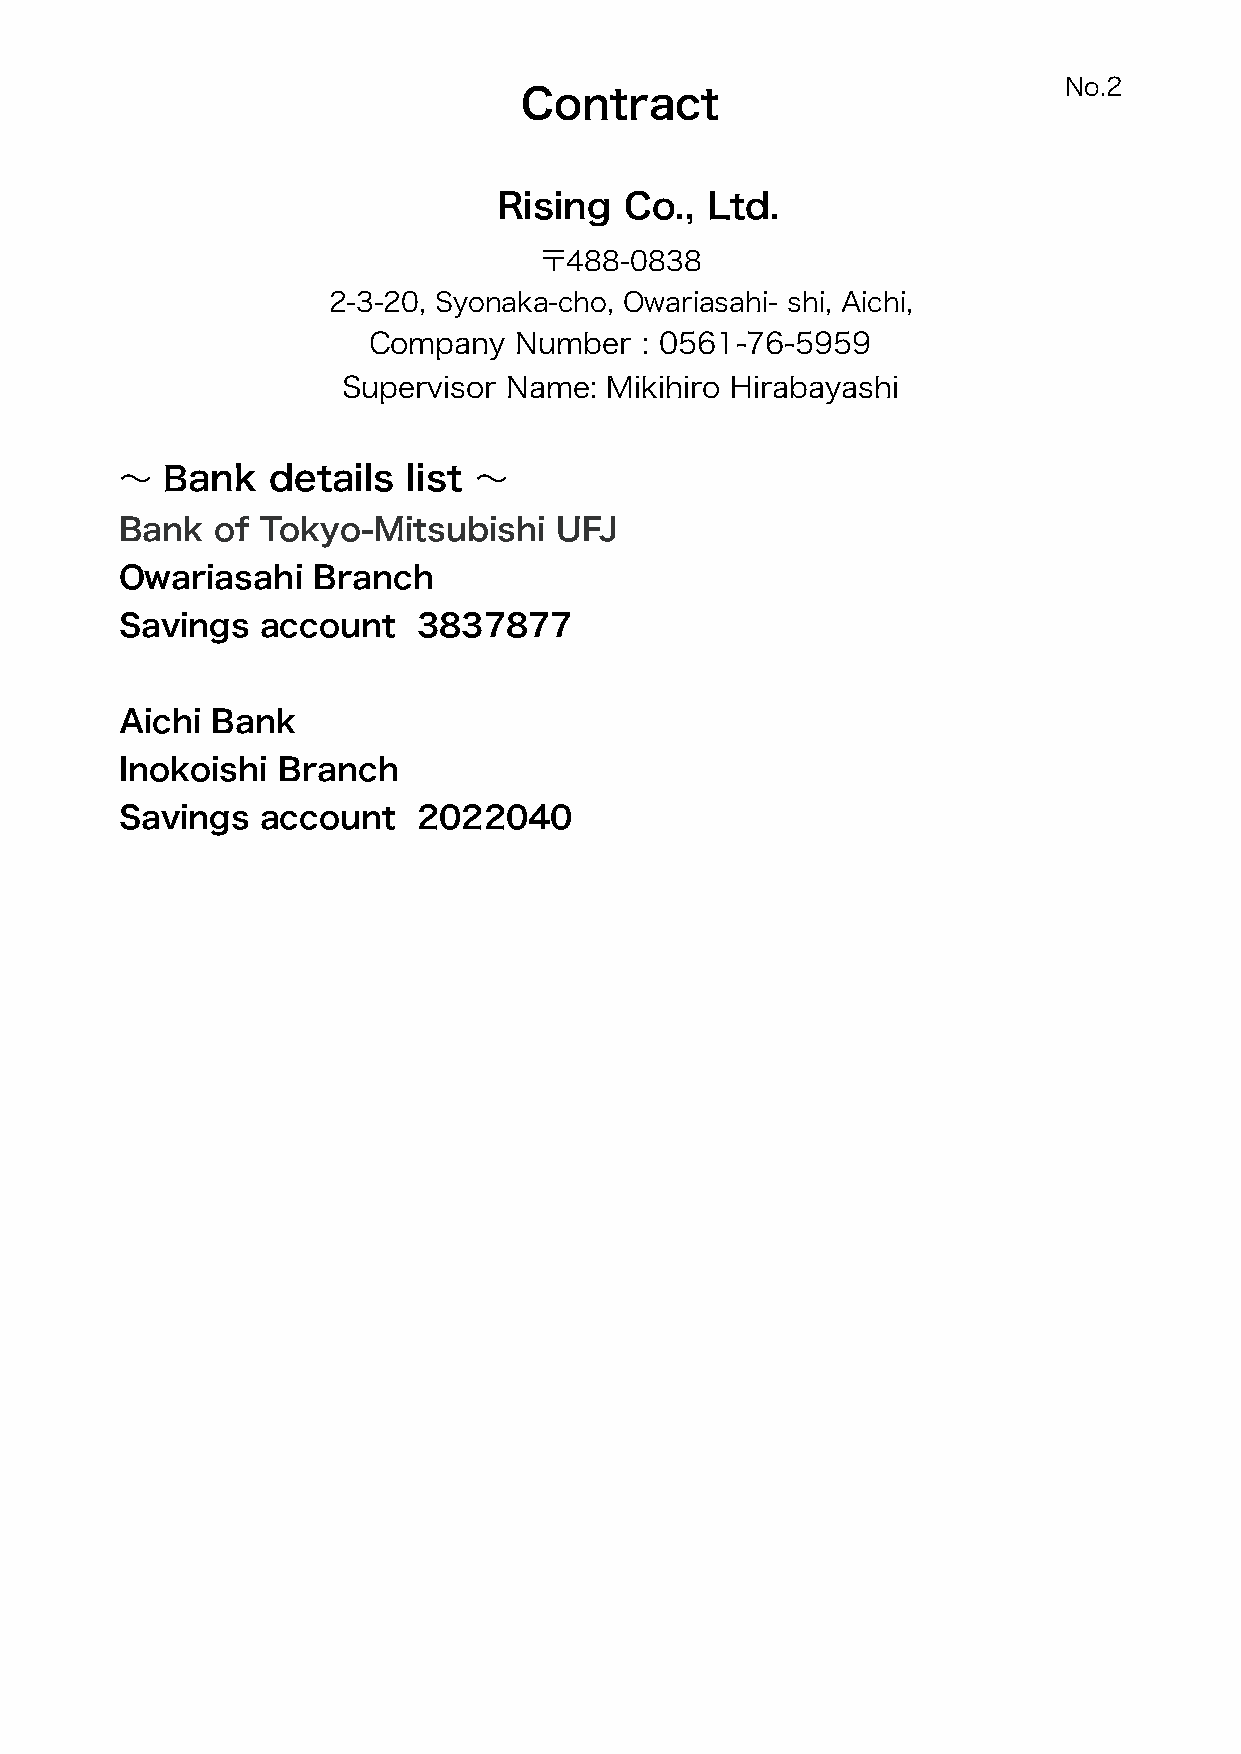
No. 2
 Contract
 Rising  Co.,  Ltd.
 〒488-0838
 2-3-20, Syonaka-cho, Owariasahi- shi, Aichi,
 Company   Number  : 0561-76-5959
 Supervisor Name: Mikihiro Hirabayashi
 〜  Bank   details  list 〜
 Bank  of Tokyo-Mitsubishi    UFJ
 Owariasahi   Branch
 Savings  account    3837877
 Aichi Bank
 Inokoishi Branch
 Savings  account    2022040